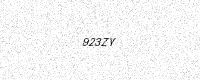
Text: 923ZY